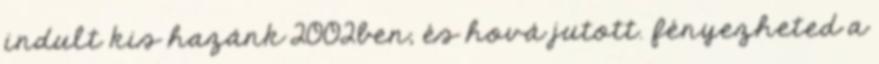
indult kis hazánk 2002ben, és hová jutott. fényezheted a